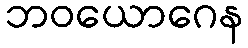
ဘဝယောဂေန